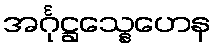
အင်္ဂုဋ္ဌသ္နေဟေန